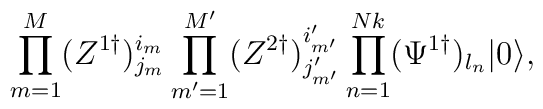
\prod_{m=1}^{M}(Z^{1\dagger})^{i_{m}}_{j_{m}} \prod_{m^{\prime}=1}^{M^{\prime}}(Z^{2\dagger})^{i_{m^{\prime}}^{\prime}}_{j_{m^{\prime}}^{\prime}}\prod_{n=1}^{Nk}(\Psi^{1\dagger})_{l_{n}}  |0 \rangle ,